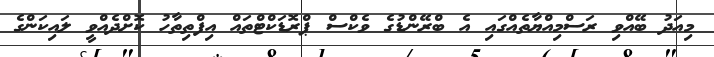
މިއަދު ބޭއްވި ރަސްމިއްޔާތެއްގައި އެ ބްރޭންޑުގެ ވެކްސް ޕްރޮޑަކްޓްތައް އިފްތިތާހު ކޮށްދެއްވީ ލައިކަންގެ